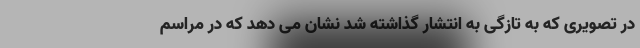
در تصویری که به تازگی به انتشار گذاشته شد نشان می دهد که در مراسم